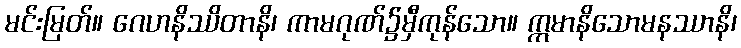
မင်းမြတ်။ ဂေဟနိဿိတာနိ၊ ကာမဂုဏ်၌မှီကုန်သော။ ဣမာနိသောမနဿာနိ၊